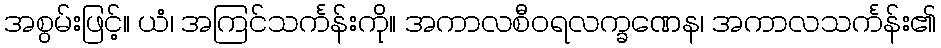
အစွမ်းဖြင့်။ ယံ၊ အကြင်သင်္ကန်းကို။ အကာလစီဝရလက္ခဏေန၊ အကာလသင်္ကန်း၏